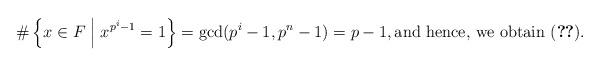
LaTeX: \begin{align*}\# \left\{ x \in F \; \middle| \; x^{p^{i} - 1} = 1 \right\} = \gcd (p^i -1, p^n-1) = p-1, \mbox{and hence, we obtain (\ref{roots of unity})}. \end{align*}